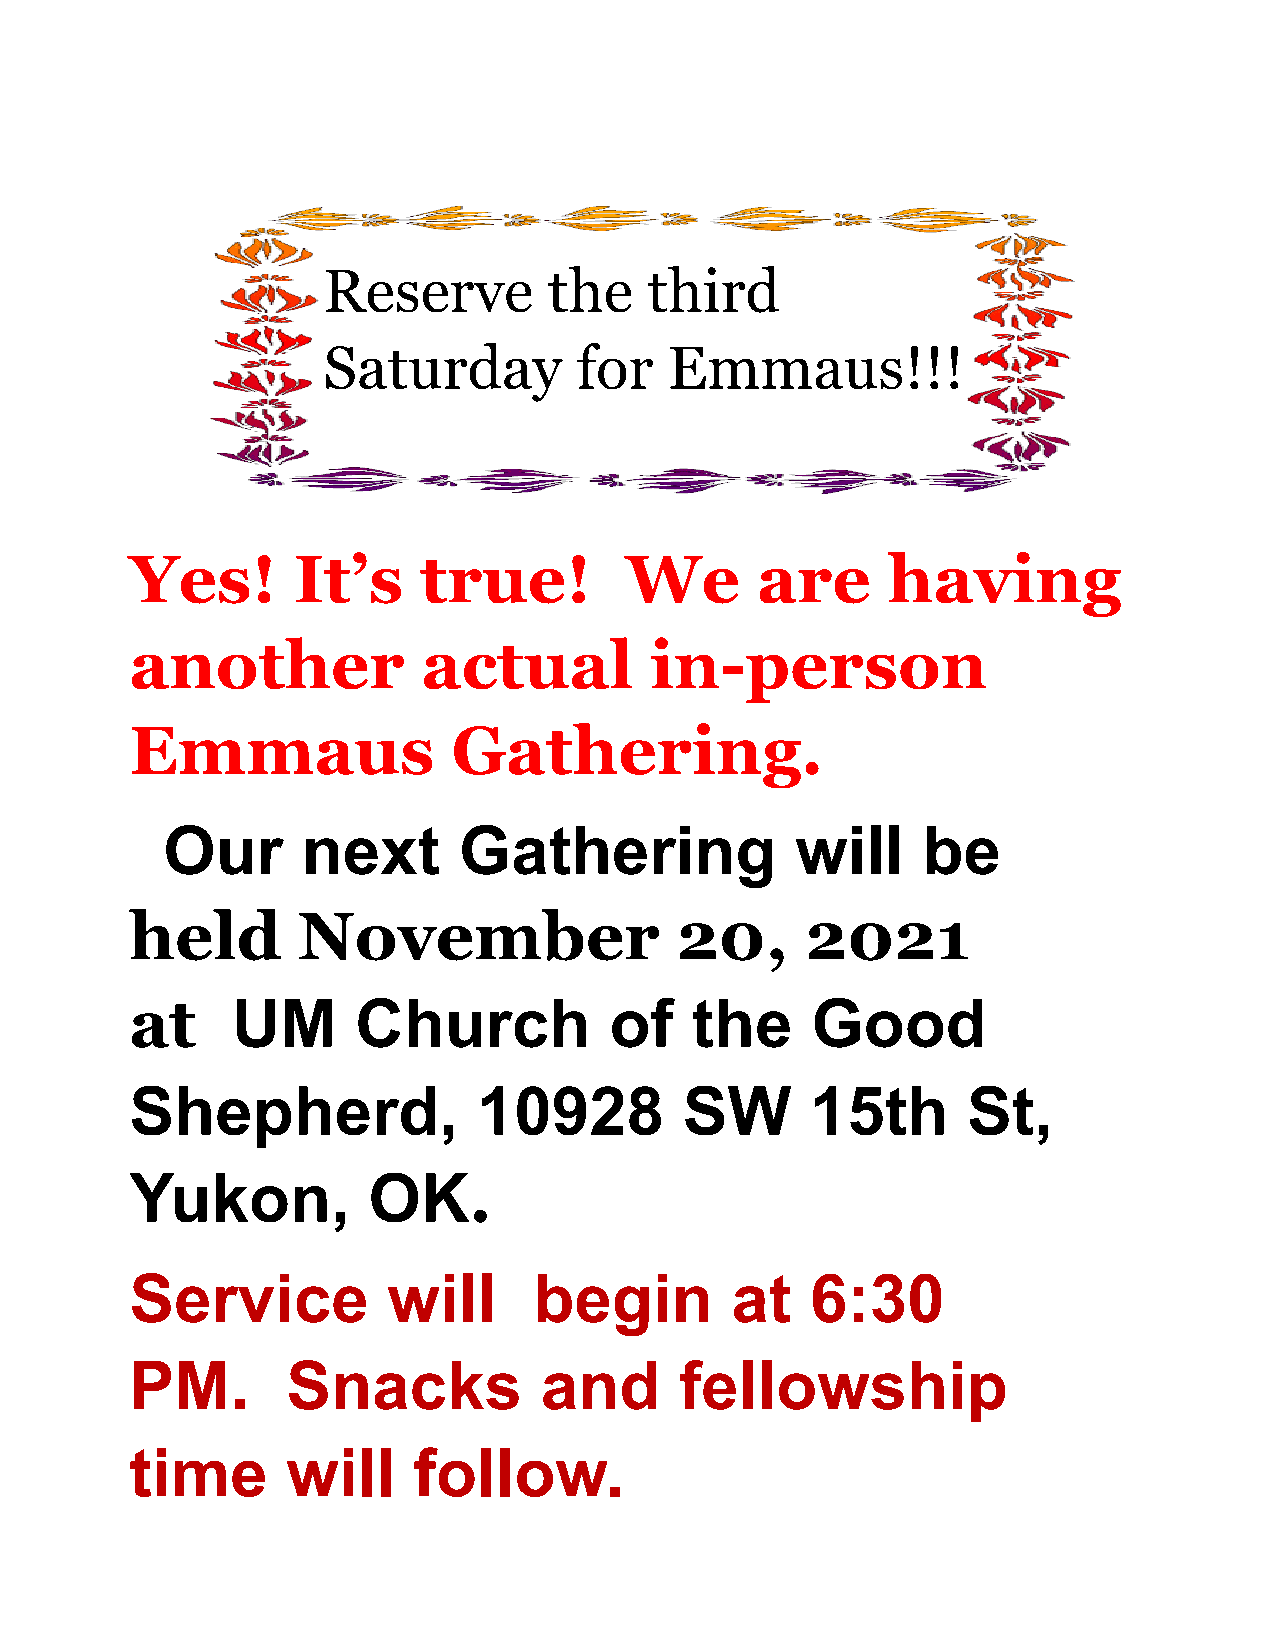
Reserve        the    third
 Saturday         for   Emmaus!!!
 Yes!      It’s     true!        We       are      having
 another            actual         in-person
 Emmaus               Gathering.
 Our      next      Gathering              will    be
 held       November                 20,     2021
 at    UM       Church          of    the     Good
 Shepherd,              10928        SW       15th      St,
 Yukon,         OK.
 Service          will     begin        at    6:30
 PM.       Snacks           and      fellowship
 time      will    follow.